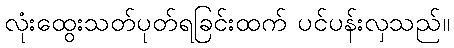
လုံးထွေးသတ်ပုတ်ရခြင်းထက် ပင်ပန်းလှသည်။